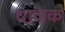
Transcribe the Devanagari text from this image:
थाजक